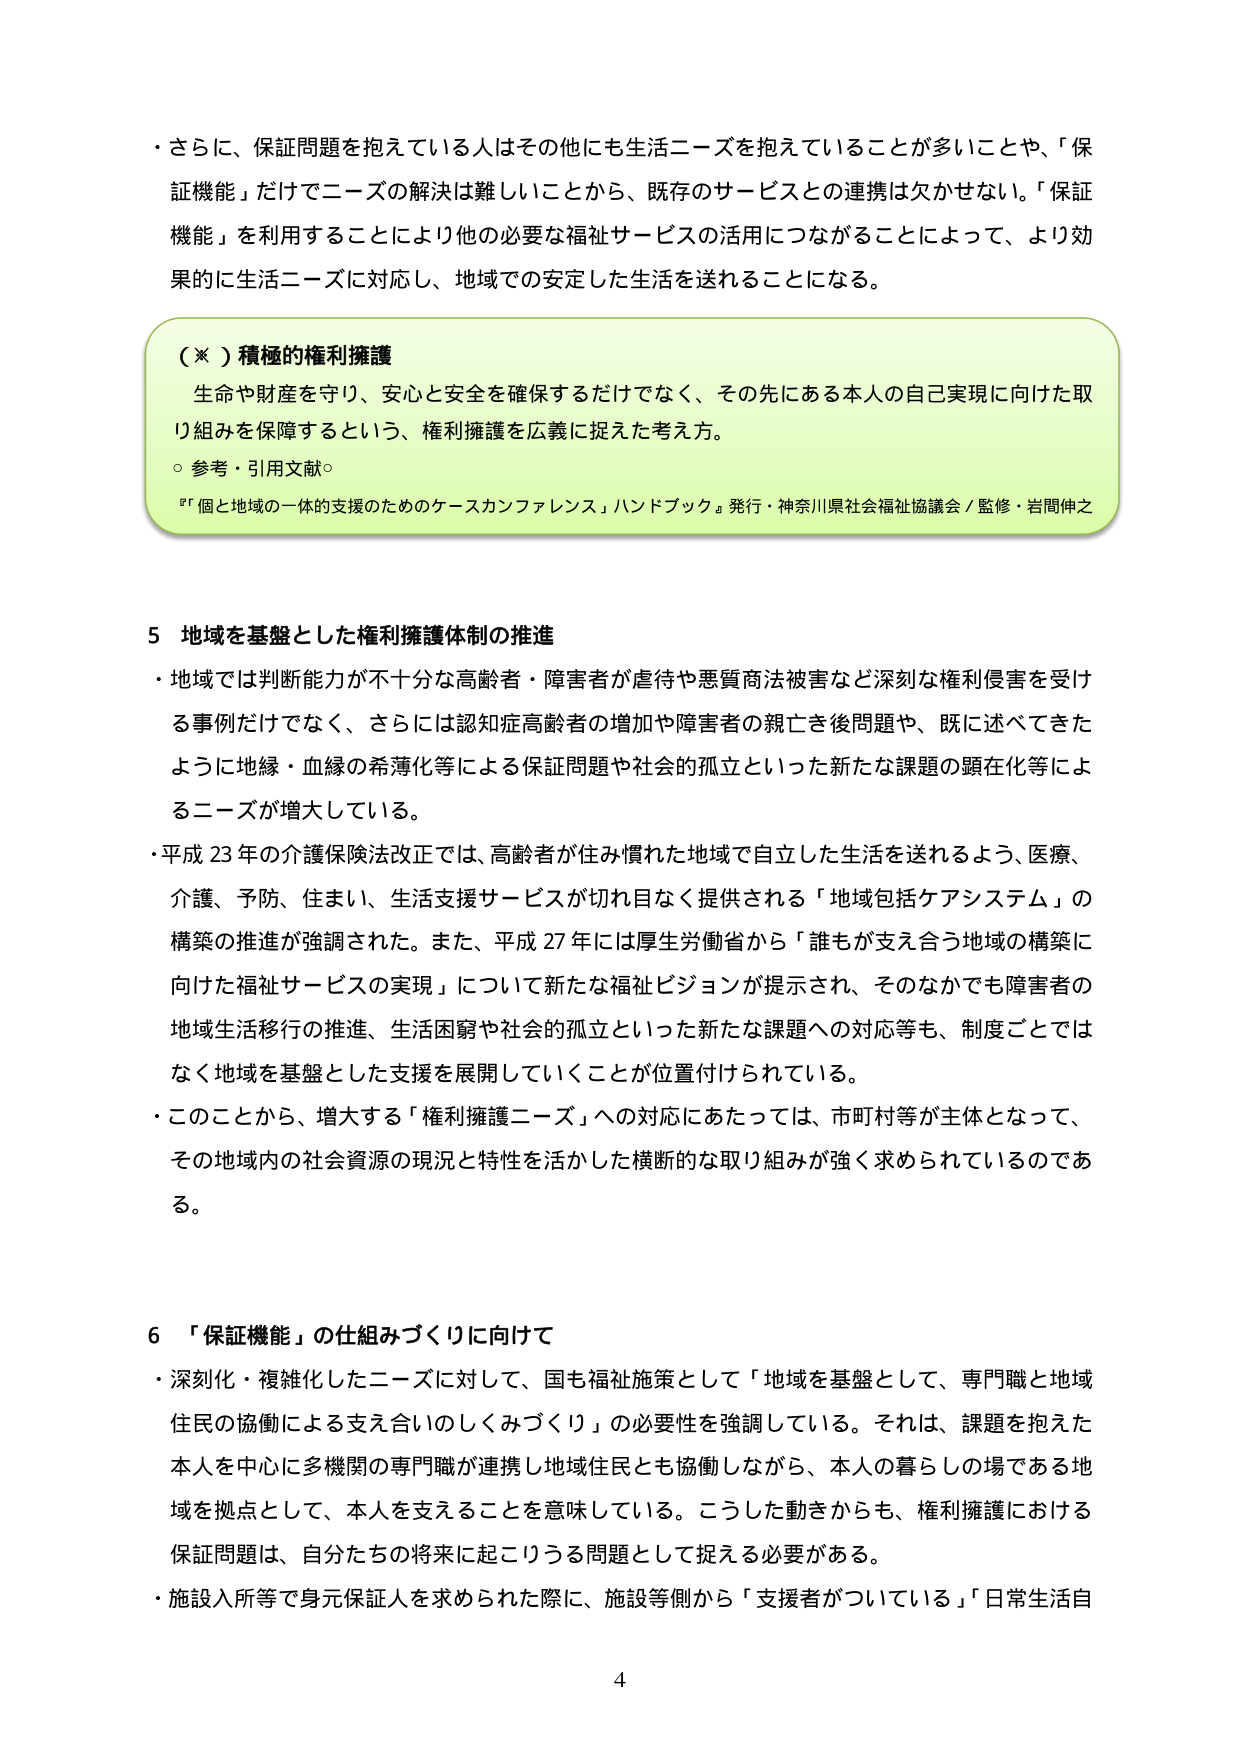
・さらに、保証問題を抱えている人はその他にも生活ニーズを抱えていることが多いことや、「保証機能」だけでニーズの解決は難しいことから、既存のサービスとの連携は欠かせない。「保証機能」を利用することにより他の必要な福祉サービスの活用につながることによって、より効果的に生活ニーズに対応し、地域での安定した生活を送れることになる。

（※）積極的権利擁護
生命や財産を守り、安心と安全を確保するだけでなく、その先にある本人の自己実現に向けた取り組みを保障するという、権利擁護を広義に捉えた考え方。
○参考・引用文献○
『「個と地域の一体的支援のためのケースカンファレンス」ハンドブック』発行・神奈川県社会福祉協議会／監修・岩間伸之

5 地域を基盤とした権利擁護体制の推進
・地域では判断能力が不十分な高齢者・障害者が虐待や悪質商法被害など深刻な権利侵害を受ける事例だけでなく、さらには認知症高齢者の増加や障害者の親亡き後問題や、既に述べてきたように地縁・血縁の希薄化等による保証問題や社会的孤立といった新たな課題の顕在化等によるニーズが増大している。
・平成23年の介護保険法改正では、高齢者が住み慣れた地域で自立した生活を送れるよう、医療、介護、予防、住まい、生活支援サービスが切れ目なく提供される「地域包括ケアシステム」の構築の推進が強調された。また、平成27年には厚生労働省から「誰もが支え合う地域の構築に向けた福祉サービスの実現」について新たな福祉ビジョンが提示され、そのなかでも障害者の地域生活移行の推進、生活困窮や社会的孤立といった新たな課題への対応等も、制度ごとではなく地域を基盤とした支援を展開していくことが位置付けられている。
・このことから、増大する「権利擁護ニーズ」への対応にあたっては、市町村等が主体となって、その地域内の社会資源の現況と特性を活かした横断的な取り組みが強く求められているのである。

6 「保証機能」の仕組みづくりに向けて
・深刻化・複雑化したニーズに対して、国も福祉施策として「地域を基盤として、専門職と地域住民の協働による支え合いのしくみづくり」の必要性を強調している。それは、課題を抱えた本人を中心に多機関の専門職が連携し地域住民とも協働しながら、本人の暮らしの場である地域を拠点として、本人を支えることを意味している。こうした動きからも、権利擁護における保証問題は、自分たちの将来に起こりうる問題として捉える必要がある。
・施設入所等で身元保証人を求められた際に、施設等側から「支援者がついている」「日常生活自

4